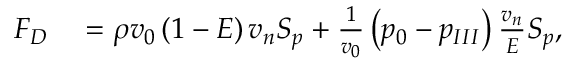
\begin{array} { r l } { F _ { D } } & { { } = { } \rho v _ { 0 } \left( 1 - E \right) { v _ { n } } { S _ { p } } + \frac { 1 } { v _ { 0 } } \left( p _ { 0 } - p _ { I I I } \right) \frac { { v _ { n } } } { E } { S _ { p } } , } \end{array}